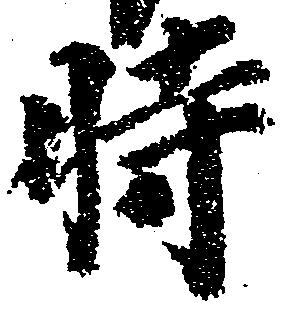
時